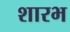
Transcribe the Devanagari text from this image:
शारभ